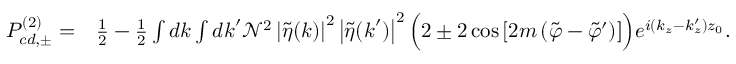
\begin{array} { r l } { P _ { c d , \pm } ^ { ( 2 ) } = } & { \frac { 1 } { 2 } - \frac { 1 } { 2 } \int d \boldsymbol { k } \int d \boldsymbol { k } ^ { \prime } \mathcal { N } ^ { 2 } \left| \tilde { \eta } ( \boldsymbol { k } ) \right| ^ { 2 } \left| \tilde { \eta } ( \boldsymbol { k } ^ { \prime } ) \right| ^ { 2 } \Big ( 2 \pm 2 \cos { \left[ 2 m \left( \tilde { \varphi } - \tilde { \varphi } ^ { \prime } \right) \right] } \Big ) e ^ { i ( k _ { z } - k _ { z } ^ { \prime } ) z _ { 0 } } . } \end{array}